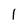
Character: 1